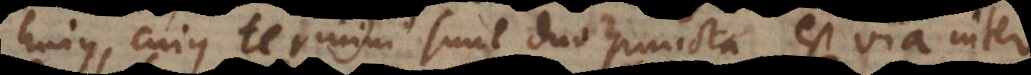
hujus, cujus termini sunt duo puncta, est via inter